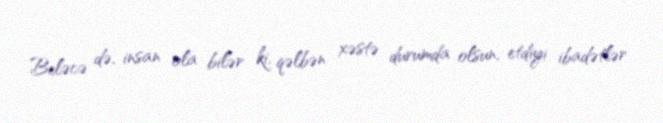
Beləcə də, insan ola bilər ki, qəlbən xəstə durumda olsun, etdiyi ibadətlər